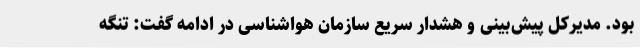
بود. مدیرکل پیش‌بینی و هشدار سریع سازمان هواشناسی در ادامه گفت: تنگه